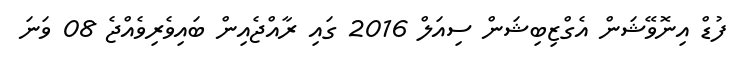
ފުޑް އިނޮވޭޝަން އެގްޒިބިޝަން ސިއަލް 2016 ގައި ރާއްޖެއިން ބައިވެރިވެއްޖެ 08 ވަނަ